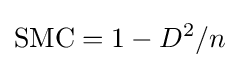
{\text{SMC}}=1-D^{2}/n